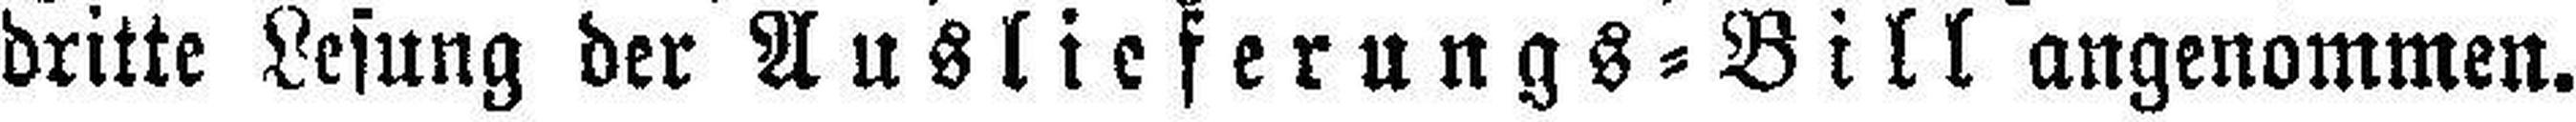
dritte Lesung der Auslieferungs=Bill angenommen.